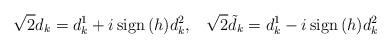
LaTeX: \begin{align*}\sqrt{2} d_k= d^1_k +i\,{\rm sign}\,(h) d^2_k,\;\;\;\sqrt{2} \tilde{d}_k= d^1_k -i\,{\rm sign}\,(h) d^2_k\end{align*}